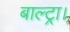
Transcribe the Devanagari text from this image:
बाल्ट्रा।